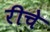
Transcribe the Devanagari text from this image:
रीचे